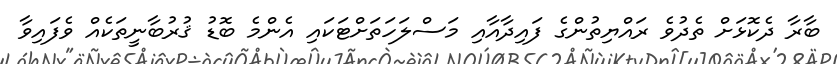
ބާރާ ދެކޮޅަށް ތެދުވެ ރައްޔިތުންގެ ފައިދާއާއި މަސްލަހަތަށްޓަކައި އެންމެ ބޮޑު ޤުރުބާނީތަކެއް ވެފައިވާ